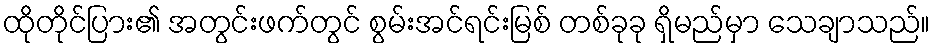
ထိုတိုင်ပြား၏ အတွင်းဖက်တွင် စွမ်းအင်ရင်းမြစ် တစ်ခုခု ရှိမည်မှာ သေချာသည်။